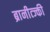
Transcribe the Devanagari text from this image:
ब्रानीत्ज्की